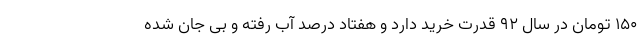
۱۵۰ تومان در سال ۹۲ قدرت خرید دارد و هفتاد درصد آب رفته و بی جان شده